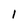
Character: l